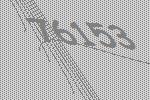
76153